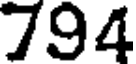
794